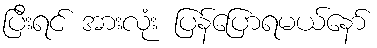
ပြီးရင် အားလုံး ပြန်ပြောရမယ်နော်